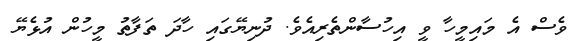
ވެސް އެ މައިމީހާ ވީ އިހުސާންތެރިއެވެ. ދުނިޔޭގައި ހާދަ ތަފާތު މީހުން އުޅެޔޭ